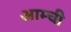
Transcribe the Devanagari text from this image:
आम्ची